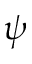
\psi